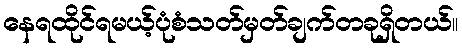
နေရထိုင်ရမယ့်ပုံစံသတ်မှတ်ချက်တခုရှိတယ်။